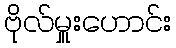
ဗိုလ်မှူးဟောင်း